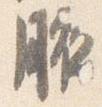
腋